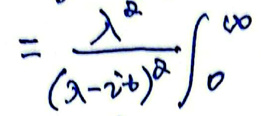
\[=\frac{\lambda^{2}}{(\lambda - i t)^{2}}\int_{0}^{\infty}\]